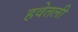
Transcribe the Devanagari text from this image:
हवेतली